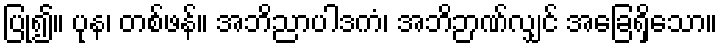
ပြု၍။ ပုန၊ တစ်ဖန်။ အဘိညာပါဒကံ၊ အဘိဉာဏ်လျှင် အခြေရှိသော။